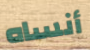
أنساه